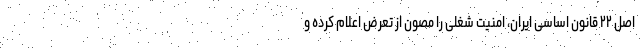
اصل ۲۲ قانون اساسی ایران، امنیت شغلی را مصون از تعرض اعلام کرده و